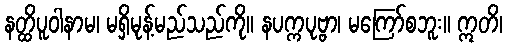
နတ္ထိပူဝါနာမ၊ မရှိမုန့်မည်သည်ကို။ နပက္ကပုဗ္ဗာ၊ မကြော်စဘူး။ ဣတိ၊